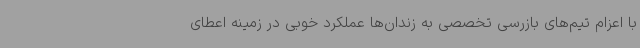
با اعزام تیم‌های بازرسی تخصصی به زندان‌ها عملکرد خوبی در زمینه اعطای